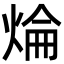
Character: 㷍